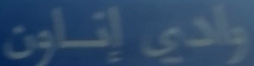
واديًإِناون